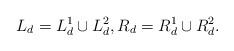
LaTeX: \begin{align*}L_d = L_d^{1}\cup L_d^2, R_d = R_d^{1}\cup R_d^2.\end{align*}